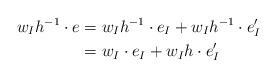
LaTeX: \begin{align*}w_Ih^{-1}\cdot e&=w_Ih^{-1}\cdot e_I+w_Ih^{-1}\cdot e_I'\\&=w_I\cdot e_I+w_Ih\cdot e_I'\end{align*}